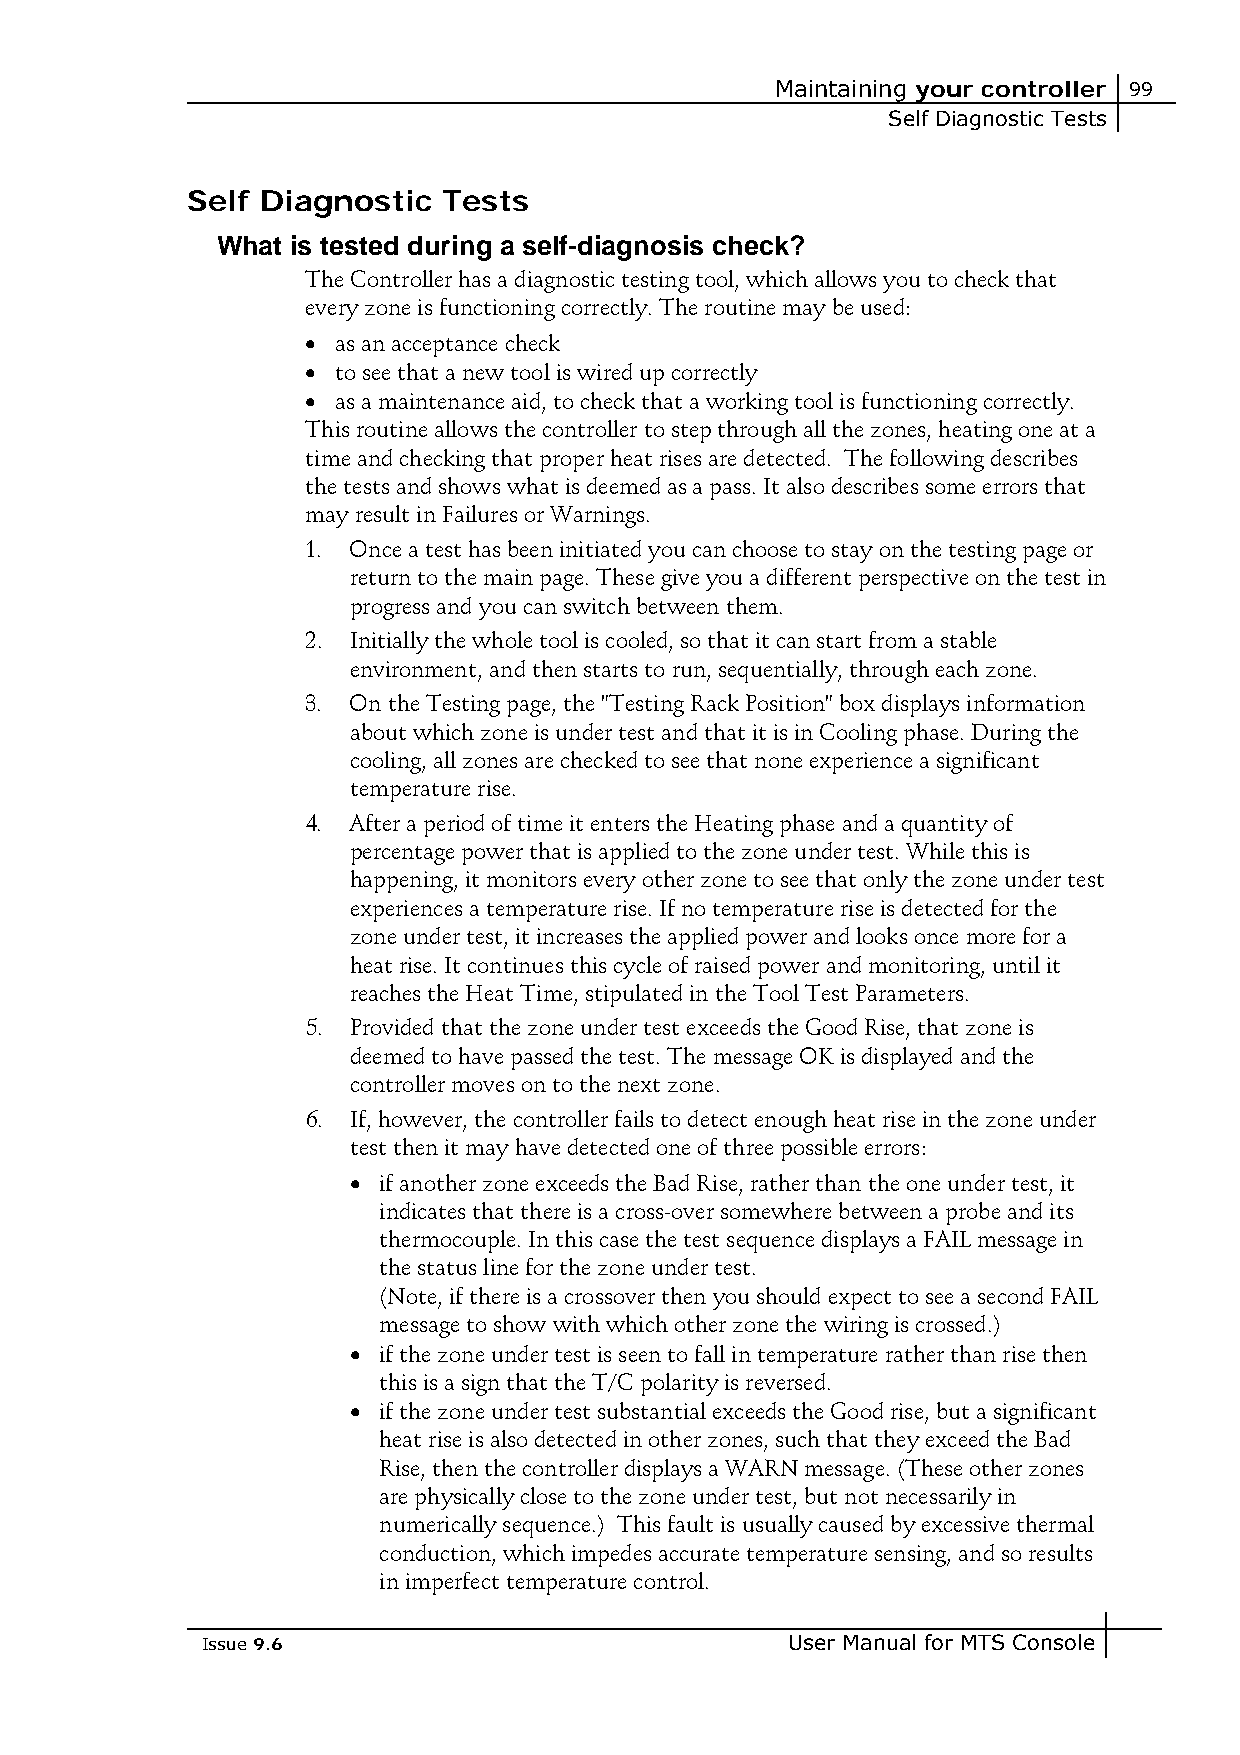
Maintaining your controller 99
 Self Diagnostic Tests
 Self Diagnostic  Tests
 What is tested during a self-diagnosis check?
 The Controller has a diagnostic testing tool, which allows you to check that
 every zone is functioning correctly. The routine may be used:
 • as an acceptance check
 • to see that a new tool is wired up correctly
 • as a maintenance aid, to check that a working tool is functioning correctly.
 This routine allows the controller to step through all the zones, heating one at a
 time and checking that proper heat rises are detected. The following describes
 the tests and shows what is deemed as a pass. It also describes some errors that
 may result in Failures or Warnings.
 1. Once a test has been initiated you can choose to stay on the testing page or
 return to the main page. These give you a different perspective on the test in
 progress and you can switch between them.
 2. Initially the whole tool is cooled, so that it can start from a stable
 environment, and then starts to run, sequentially, through each zone.
 3. On the Testing page, the "Testing Rack Position" box displays information
 about which zone is under test and that it is in Cooling phase. During the
 cooling, all zones are checked to see that none experience a significant
 temperature rise.
 4. After a period of time it enters the Heating phase and a quantity of
 percentage power that is applied to the zone under test. While this is
 happening, it monitors every other zone to see that only the zone under test
 experiences a temperature rise. If no temperature rise is detected for the
 zone under test, it increases the applied power and looks once more for a
 heat rise. It continues this cycle of raised power and monitoring, until it
 reaches the Heat Time, stipulated in the Tool Test Parameters.
 5. Provided that the zone under test exceeds the Good Rise, that zone is
 deemed to have passed the test. The message OK is displayed and the
 controller moves on to the next zone.
 6. If, however, the controller fails to detect enough heat rise in the zone under
 test then it may have detected one of three possible errors:
 • if another zone exceeds the Bad Rise, rather than the one under test, it
 indicates that there is a cross-over somewhere between a probe and its
 thermocouple. In this case the test sequence displays a FAIL message in
 the status line for the zone under test.
 (Note, if there is a crossover then you should expect to see a second FAIL
 message to show with which other zone the wiring is crossed.)
 • if the zone under test is seen to fall in temperature rather than rise then
 this is a sign that the T/C polarity is reversed.
 • if the zone under test substantial exceeds the Good rise, but a significant
 heat rise is also detected in other zones, such that they exceed the Bad
 Rise, then the controller displays a WARN message. (These other zones
 are physically close to the zone under test, but not necessarily in
 numerically sequence.) This fault is usually caused by excessive thermal
 conduction, which impedes accurate temperature sensing, and so results
 in imperfect temperature control.
 Issue 9.6                              User Manual for MTS Console